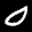
Label: 0